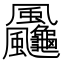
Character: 𩙠